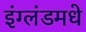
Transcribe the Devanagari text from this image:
इंग्लंडमधे